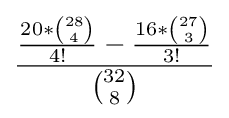
{\frac {{\frac {20*{\binom {28}{4}}}{4!}}-{\frac {16*{\binom {27}{3}}}{3!}}}{\binom {32}{8}}}